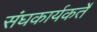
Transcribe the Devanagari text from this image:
संघकार्यकर्ते